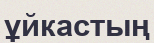
ұйкастың